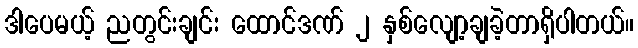
ဒါပေမယ့် ညတွင်းချင်း ထောင်ဒဏ် ၂ နှစ်လျော့ချခဲ့တာရှိပါတယ်။